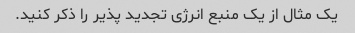
یک مثال از یک منبع انرژی تجدید پذیر را ذکر کنید.